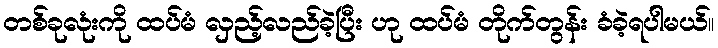
တစ်ခုလုံးကို ထပ်မံ လှည့်လည်ခဲ့ပြီး ဟု ထပ်မံ တိုက်တွန်း ခံခဲ့ရပါမယ်။